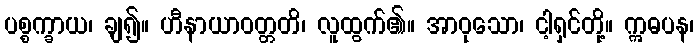
ပစ္စက္ခာယ၊ ချ၍။ ဟီနာယာဝတ္တတိ၊ လူထွက်၏။ အာဝုသော၊ ငါ့ရှင်တို့။ ဣဓပန၊